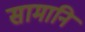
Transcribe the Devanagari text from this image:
सामानि